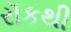
રૉકથી